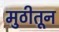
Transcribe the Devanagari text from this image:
मुठीतून